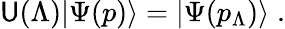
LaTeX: \mathsf{U}(\Lambda)|\Psi(p)\rangle=|\Psi(p_{\Lambda})\rangle\; .